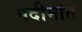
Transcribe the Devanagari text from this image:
पदीमांत